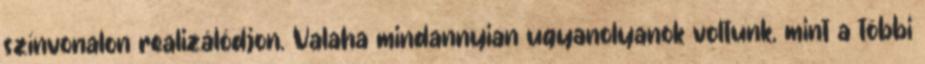
színvonalon realizálódjon. Valaha mindannyian ugyanolyanok voltunk, mint a többi